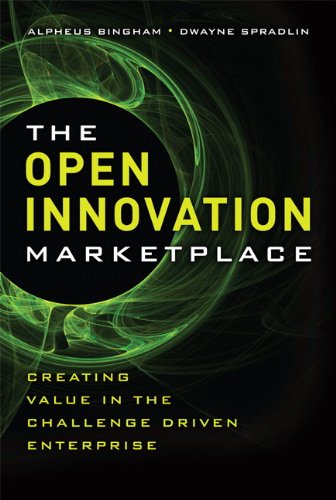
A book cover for The Open Innovation Marketplace: Creating Value in the Challenge Driven Enterprise; Alpheus Bingham; Business & Money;